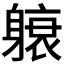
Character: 𬧭